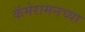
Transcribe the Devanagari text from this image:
कॅमेरामनच्या